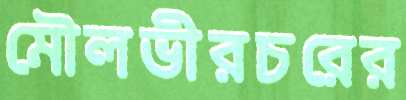
মৌলভীরচরের